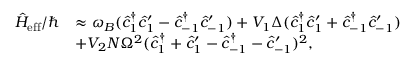
\begin{array} { r l } { \hat { H } _ { \mathrm { e f f } } / \hbar } & { \approx \omega _ { B } ( \hat { c } _ { 1 } ^ { \dagger } \hat { c } _ { 1 } ^ { \prime } - \hat { c } _ { - 1 } ^ { \dagger } \hat { c } _ { - 1 } ^ { \prime } ) + V _ { 1 } \Delta ( \hat { c } _ { 1 } ^ { \dagger } \hat { c } _ { 1 } ^ { \prime } + \hat { c } _ { - 1 } ^ { \dagger } \hat { c } _ { - 1 } ^ { \prime } ) } \\ & { + V _ { 2 } N \Omega ^ { 2 } ( \hat { c } _ { 1 } ^ { \dagger } + \hat { c } _ { 1 } ^ { \prime } - \hat { c } _ { - 1 } ^ { \dagger } - \hat { c } _ { - 1 } ^ { \prime } ) ^ { 2 } , } \end{array}